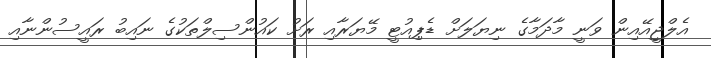
އެލްޖީއޭއިން ވަނީ މާދަމާގެ ނިޔަލަށް ޑެޕިއުޓީ މޭޔަރާއި ރަށު ކައުންސިލްތަކުގެ ނައިބު ރައީސުންނާއި